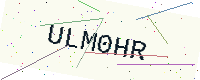
Text: ULM0HR